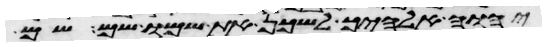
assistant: יהוה אלהיך לשכן את שמו שם שם